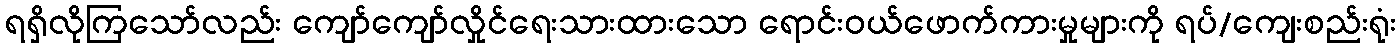
ရရှိလိုကြသော်လည်း ကျော်ကျော်လှိုင်ရေးသားထားသော ရောင်းဝယ်ဖောက်ကားမှုများကို ရပ်/ကျေးစည်းရုံး